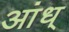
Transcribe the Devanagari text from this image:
आंध्